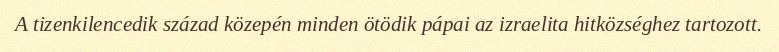
A tizenkilencedik század közepén minden ötödik pápai az izraelita hitközséghez tartozott.